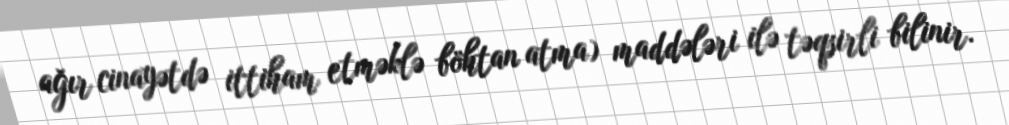
ağır cinayətdə ittiham etməklə böhtan atma) maddələri ilə təqsirli bilinir.